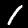
Digit: 1